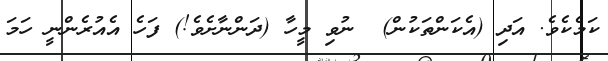
ކަމެކެވެ. އަދި (އެކަންތަކުން)  ނުވި މީހާ (ދަންނާށެވެ!) ފަހެ އެއުރެންނީ ހަމަ